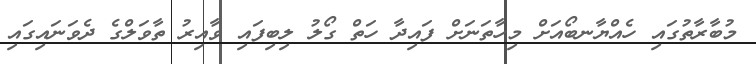
މުބާރާތުގައި ހެއްޔާނބޯއަށް މިހާތަނަށް ފައިދާ ހަތް ގޯލު ލިބިފައި ވާއިރު ތާވަލްގެ ދެވަނައިގައި